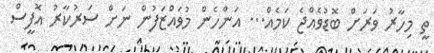
ތީ މިހާރު ވަރަށް ބޮޑުވެއްޖެ ކަމެއް... އަންހެން މުވައްޒަފުން ނަށް ސަރުކާރު އޮފީސް